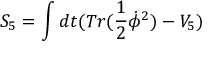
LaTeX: S _ { 5 } = \int d t ( T r ( \frac { 1 } { 2 } \dot { \phi } ^ { 2 } ) - V _ { 5 } )